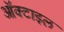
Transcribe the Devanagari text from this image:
ऑक्टाइल